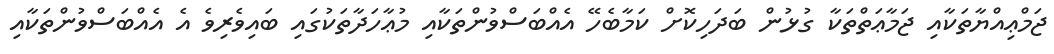
ޖަމްޢިއްޔާތަކާއި ޖަމާޢަތްތަކާ ގުޅުން ބަދަހިކޮށް ކަމާބެހޭ އެއްބަސްވުންތަކާއި މުޢާހަދާތަކުގައި ބައިވެރިވެ އެ އެއްބަސްވުންތަކާއި